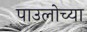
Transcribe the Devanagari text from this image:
पाउलोच्या